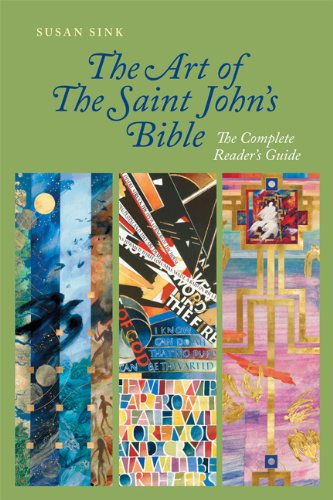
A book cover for The Art of The Saint John's Bible: The Complete Reader's Guide; Susan Sink; Arts & Photography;